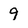
Character: 9